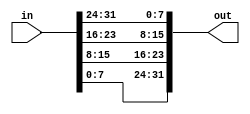
/* 
    https://hdlbits.01xz.net/wiki/Vector2
*/

/* 
    A 32-bit vector can be viewed as containing 4 bytes (bits [31:24], [23:16], etc.). Build a circuit that will reverse the byte ordering of the 4-byte word.
    AaaaaaaaBbbbbbbbCcccccccDddddddd => DdddddddCcccccccBbbbbbbbAaaaaaaa
 */

// 
module top_module( 
    input [31:0] in,
    output [31:0] out );//

    // assign out[31:24] = ...;
    assign out[31:24] = in[7:0];
    assign out[23:16] = in[15:8];
    assign out[15:8]  = in[23:16];
    assign out[7:0]   = in[31:24];
endmodule